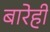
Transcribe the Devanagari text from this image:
बारेही